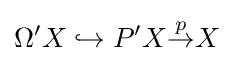
\Omega 'X\hookrightarrow P'X{\overset {p}{\to }}X